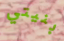
بنيتي